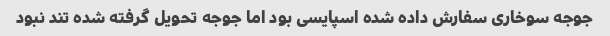
جوجه سوخاری سفارش داده شده اسپایسی بود اما جوجه تحویل گرفته شده تند نبود